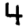
Digit: 4